Annual administration report of the Civil Veterinary Department of India - 1892-1893
Year: 1892
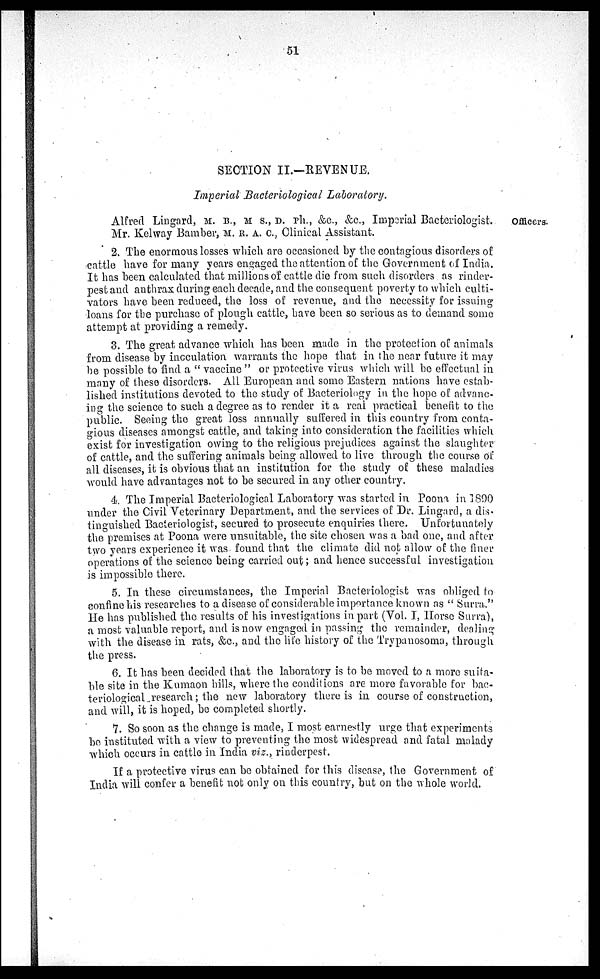
51
SECTION II.—REVENUE.
Imperial Bacteriological Laboratory.
Officers.
Alfred Lingard, M. B., M S., D. PH., &c., &c., Imperial Bacteriologist.
Mr. Kelway Bamber, M. R. A. C., Clinical Assistant.
2. The enormous losses which are occasioned by the contagious disorders of
cattle have for many years engaged the attention of the Government of India.
It has been calculated that millions of cattle die from such disorders as rinder-
pest and anthrax during each decade, and the consequent poverty to which culti-
vators have been reduced, the loss of revenue, and the necessity for issuing
loans for the purchase of plough cattle, have been so serious as to demand some
attempt at providing a remedy.
3. The great advance which has been made in the protection of animals
from disease by inoculation warrants the hope that in the near future it may
be possible to find a "vaccine" or protective virus which will be effectual in
many of these disorders. All European and some Eastern nations have estab-
lished institutions devoted to the study of Bacteriology in the hope of advanc-
ing the science to such a degree as to render it a real practical benefit to the
public. Seeing the great loss annually suffered in this country from conta-
gious diseases amongst cattle, and taking into consideration the facilities which
exist for investigation owing to the religious prejudices against the slaughter
of cattle, and the suffering animals being allowed to live through the course of
all diseases, it is obvious that an institution for the study of these maladies
would have advantages not to be secured in any other country.
4. The Imperial Bacteriological Laboratory was started in Poona in 1890
under the Civil Veterinary Department, and the services of Dr. Lingard, a dis-
tinguished Bacteriologist, secured to prosecute enquiries there. Unfortunately
the premises at Poona were unsuitable, the site chosen was a bad one, and after
two years experience it was found that the climate did not allow of the finer
operations of the science being carried out; and hence successful investigation
is impossible there.
5. In these circumstances, the Imperial Bacteriologist was obliged to
confine his researches to a disease of considerable importance known as "Surra."
He has published the results of his investigations in part (Vol. I, Horse Surra),
a most valuable report, and is now engaged in passing the remainder, dealing
with the disease in rats, &c., and the life history of the Trypanosoma, through
the press.
6. It has been decided that the laboratory is to be moved to a more suita-
ble site in the Kumaon hills, where the conditions are more favorable for bac-
teriological research; the new laboratory there is in course of construction,
and will, it is hoped, be completed shortly.
7. So soon as the change is made, I most earnestly urge that experiments
be instituted with a view to preventing the most widespread and fatal malady
which occurs in cattle in India viz., rinderpest.
If a protective virus can be obtained for this disease, the Government of
India will confer a benefit not only on this country, but on the whole world.